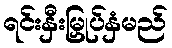
ရင်းနှီးမြှုပ်နှံမည်